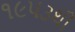
૧૯૫૩થી